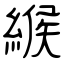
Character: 緱